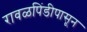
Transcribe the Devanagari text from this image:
रावळपिंडीपासून